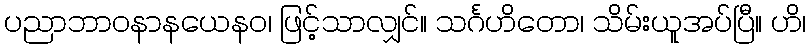
ပညာဘာဝနာနယေနဝ၊ ဖြင့်သာလျှင်။ သင်္ဂဟိတော၊ သိမ်းယူအပ်ပြီ။ ဟိ၊